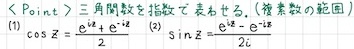
< Point > 三角関数を指数で表すと、(複素数の範囲)
(1) $\cos z=\frac{e^{iz}+e^{-iz}}{2}$ (2) $\sin z=\frac{e^{iz}-e^{-iz}}{2i}$